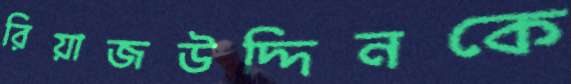
রিয়াজউদ্দিনকে